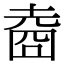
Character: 𡍬